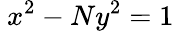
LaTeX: \ x^{2}-Ny^{2}=1